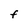
Character: F